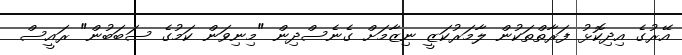
އޭރުގެ އިދިކޮޅު ފަރާތްތަކުން ލާމަރުކަޒީ ނިޒާމަށް ގެނެސްދިން "މިނިވަން ކަމުގެ ސަބަބުން" ރައީސް